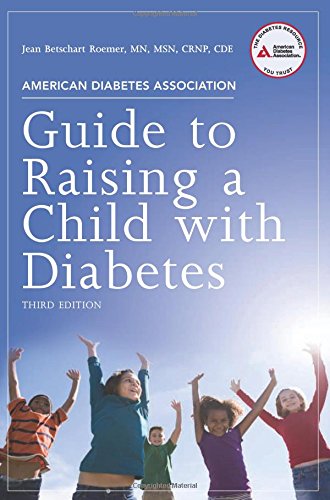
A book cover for American Diabetes Association Guide to Raising a Child with Diabetes; Jean Betschart Roemer; Health, Fitness & Dieting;